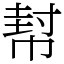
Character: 幇